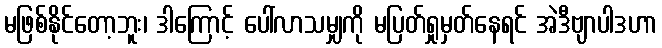
မဖြစ်နိုင်တော့ဘူး၊ ဒါကြောင့် ပေါ်လာသမျှကို မပြတ်ရှုမှတ်နေရင် အဲဒီဗျာပါဒဟာ